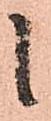
候